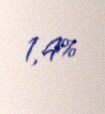
1,4%